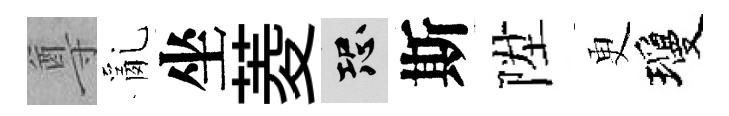
尊亂坐菱恐斯陞更瓊